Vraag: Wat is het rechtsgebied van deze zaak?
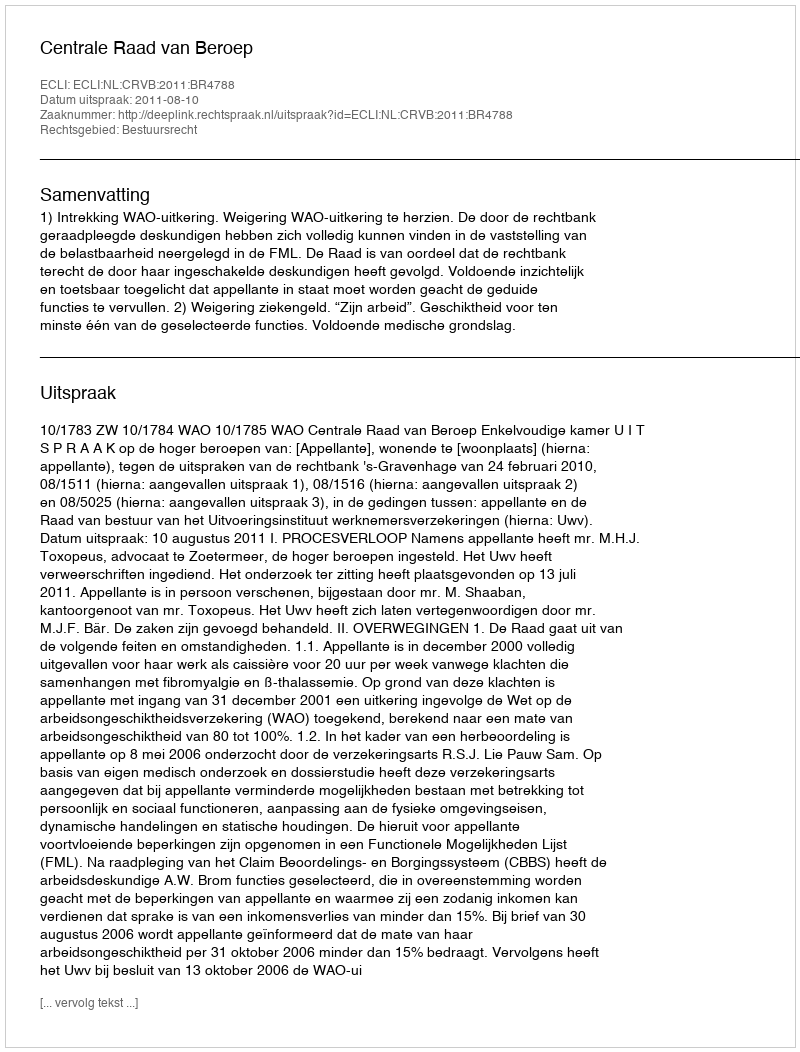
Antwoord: Bestuursrecht